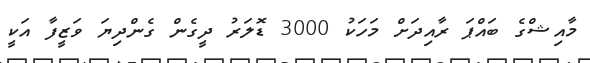
މާއިޝްގެ ބައްޕަ ރާއިދަށް މަހަކު 3000 ޑޮލަރު ދީގެން ގެންދިޔަ ވަޒީފާ އަކީ